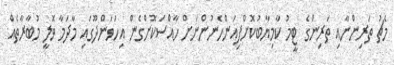
މެޗު ތަރިންނާއި ތަރިންގެ ޓީމު ކާމިޔާބުކޮށްފިއަންހެނުންނަށް ހާއްސަކޮށްގެން އިހަވަންދޫގައި މާދަމާ ވޮލީ މުބާރާތެއް